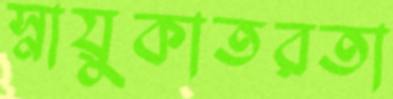
স্নায়ুকাতরতা